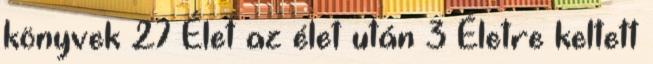
könyvek 27 Élet az élet után 3 Életre keltett